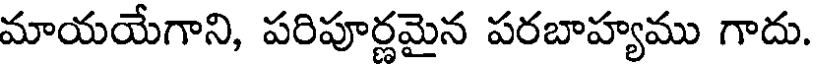
మాయయేగాని, పరిపూర్ణమైన పరబాహ్యము గాదు.